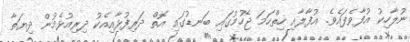
ނުލާހިކު އުފާވެފައެވެ. އުފާލާއި ހިތްހަމަ ޖެހުމުގައި ބަނޑުގައި އޮތް ދަރިފުޅާއިއެކު ދިރިއުޅެމުން ދިޔަތާ